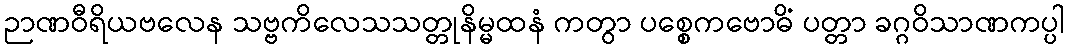
ဉာဏဝီရိယဗလေန သဗ္ဗကိလေသသတ္တုနိမ္မထနံ ကတွာ ပစ္စေကဗောဓိံ ပတ္တာ ခဂ္ဂဝိသာဏကပ္ပါ